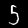
Label: 5